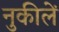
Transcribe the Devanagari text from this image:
नुकीलें